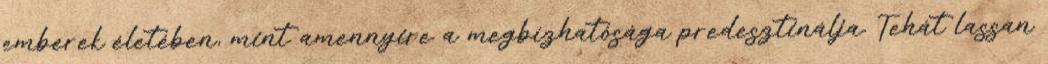
emberek életében, mint amennyire a megbízhatósága predesztinálja. Tehát lassan